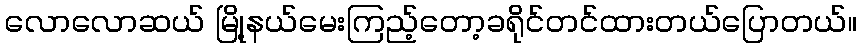
လောလောဆယ် မြို့နယ်မေးကြည့်တော့ခရိုင်တင်ထားတယ်ပြောတယ်။